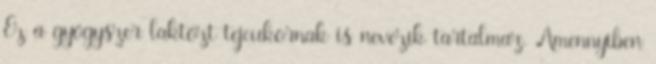
Ez a gyógyszer laktózt tejcukornak is nevezik tartalmaz. Amennyiben